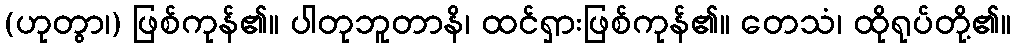
(ဟုတွာ၊) ဖြစ်ကုန်၏။ ပါတုဘူတာနိ၊ ထင်ရှားဖြစ်ကုန်၏။ တေသံ၊ ထိုရုပ်တို့၏။